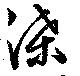
渫